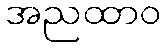
အညထာဝ